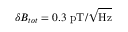
\delta B _ { t o t } = 0 . 3 ~ \mathrm { p T / \sqrt { H z } }